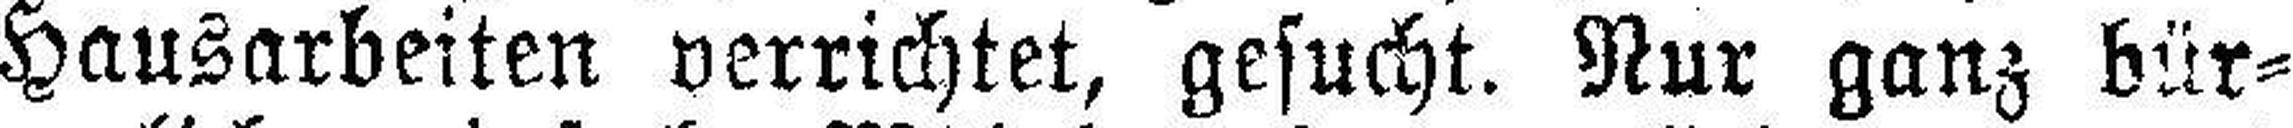
Hausarbeiten verrichtet, gesucht. Nur ganz bür¬